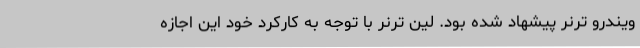
ویندرو ترنر پیشهاد شده بود. لین ترنر با توجه به کارکرد خود این اجازه